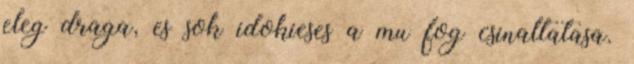
eleg draga, es sok idokieses a mu fog csinaltatasa.